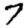
Digit: 7